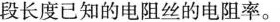
段长度已知的电阻丝的电阻率。